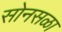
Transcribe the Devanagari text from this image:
सोनसळा